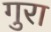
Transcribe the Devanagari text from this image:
गुरा